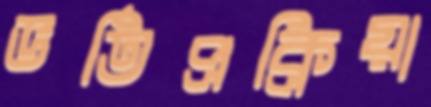
ভর্তিপ্রক্রিয়া